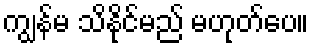
ကျွန်မ သိနိုင်မည် မဟုတ်ပေ။